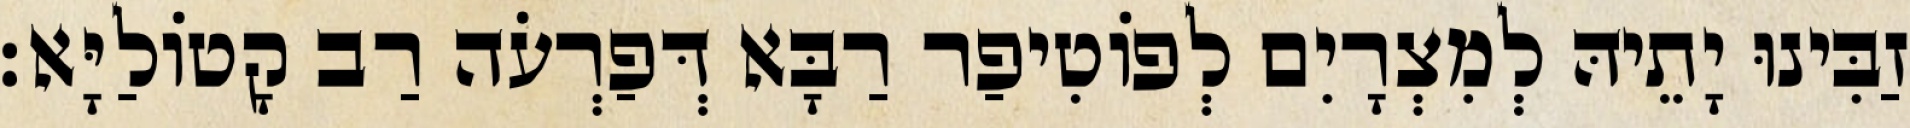
זַבִּינוּ יָתֵיהּ לְמִצְרָיִם לְפוֹטִיפַר רַבָּא דְּפַרְעֹה רַב קָטוֹלַיָּא׃